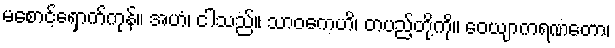
မစောင့်ရှောက်ကုန်။ အဟံ၊ ငါသည်။ သာဝကေဟိ၊ တပည့်တို့ကို။ ဝေယျာကရဏတော၊